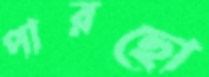
পারছো